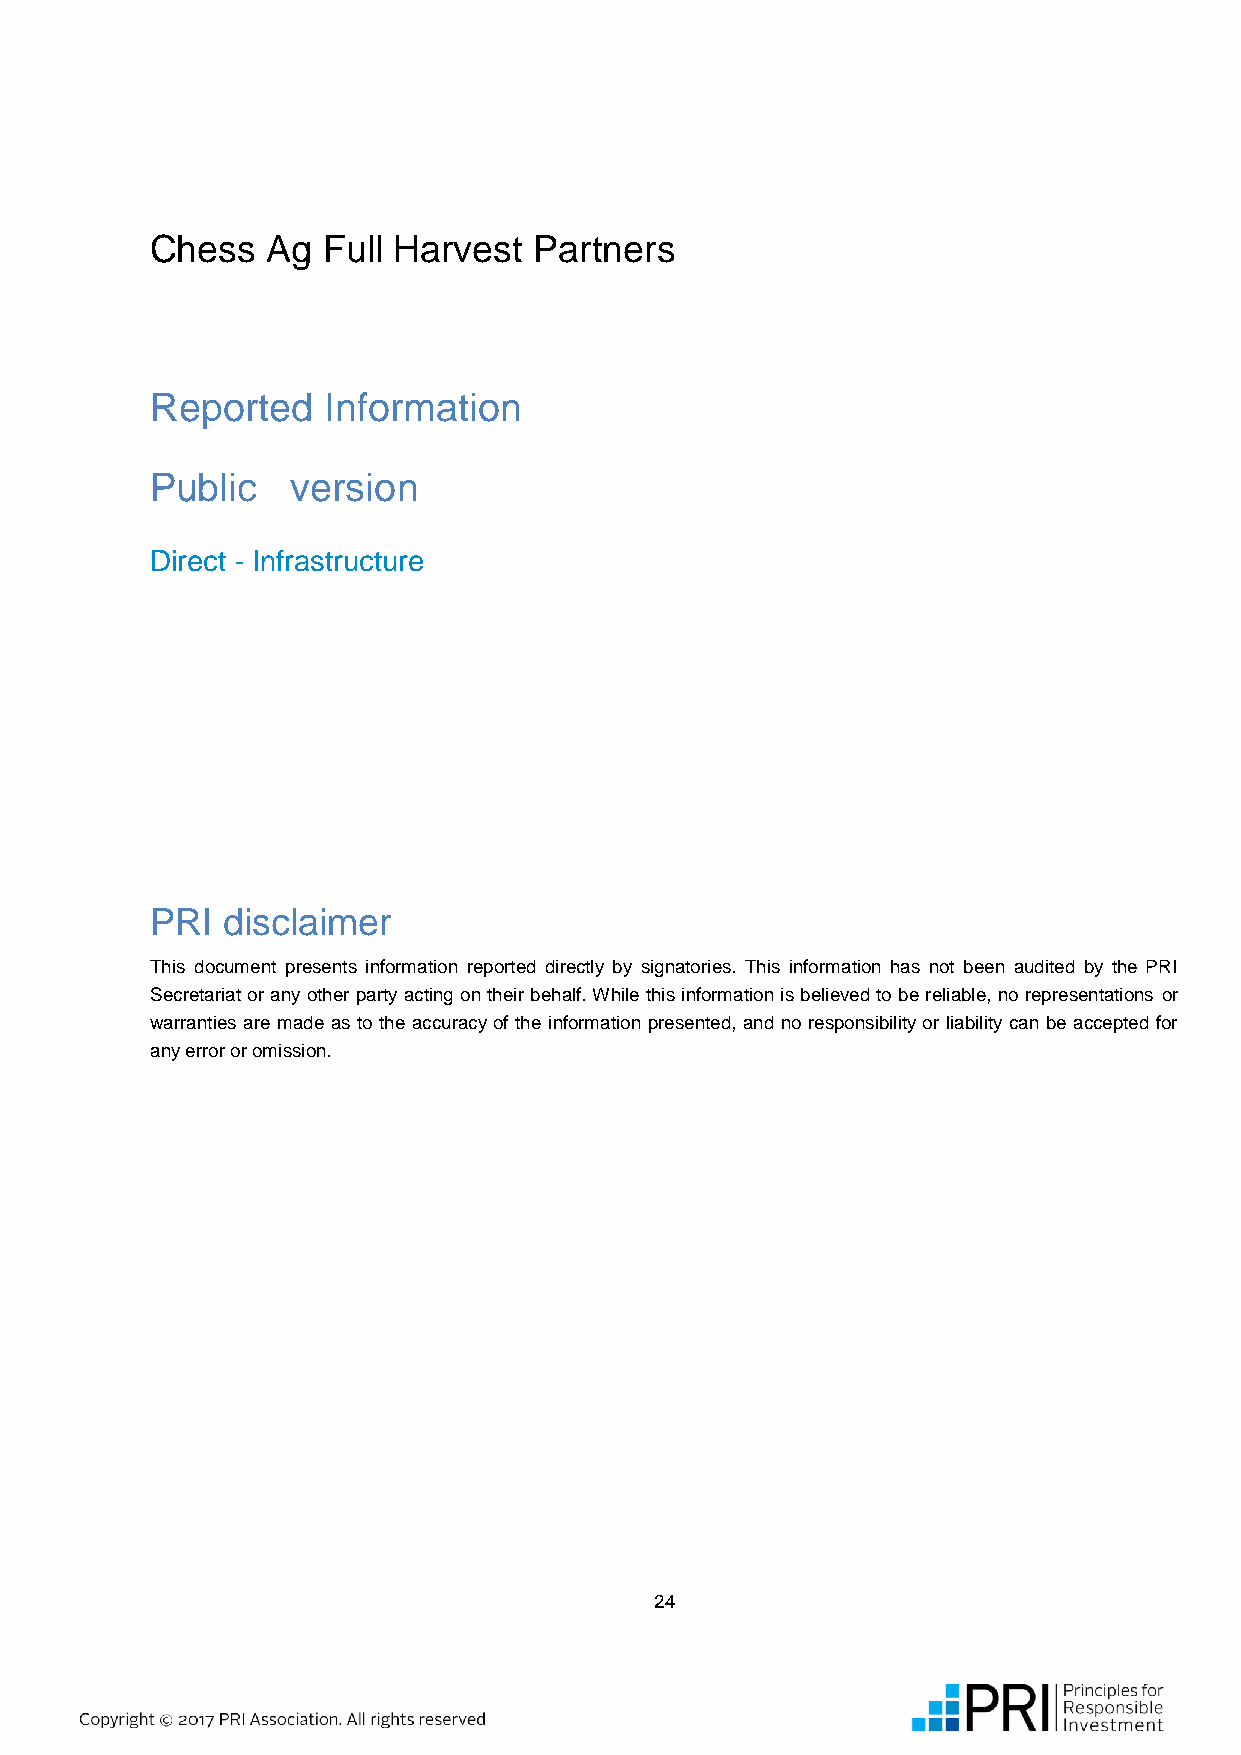
Chess   Ag Full Harvest  Partners
 Reported   Information
 Public   version
 Direct - Infrastructure
 PRI  disclaimer
 This document presents information reported directly by signatories. This information has not been audited by the PRI
 Secretariat or any other party acting on their behalf. While this information is believed to be reliable, no representations or
 warranties are made as to the accuracy of the information presented, and no responsibility or liability can be accepted for
 any error or omission.
 24